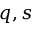
q , s